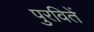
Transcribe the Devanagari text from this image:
पुरवितें